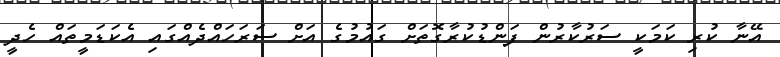
އޭނާ ކުރި ކަމަކީ ސަރުކާރުން ފަންޑުކުރާގޮތަށް ގައުމުގެ އަށް ސަރަހައްދެއްގައި އެކަޑަމީތައް ހެދީ